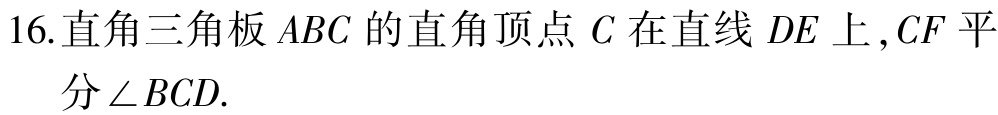
16.直角三角板 \(ABC\) 的直角顶点 \(C\) 在直线 \(DE\) 上 ,\(CF\) 平分 \(\angle BCD\).